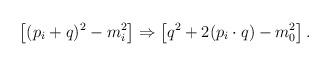
LaTeX: \begin{align*}\left[ (p_i+q)^2 - m_i^2 \right]\Rightarrow\left[ q^2 + 2 (p_i\cdot q) - m_0^2 \right] .\end{align*}